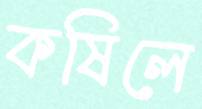
কষিলে